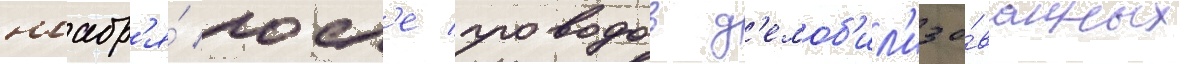
ноабр'я́ посл'е проводов д'емоб'ил'изо́ванных